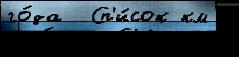
го́да  Сп'и́сок км